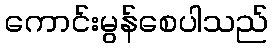
ကောင်းမွန်စေပါသည်